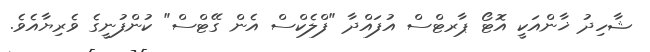
ޝާހިދު ޚާންއަކީ އޮޓޯ ޕާރޓްސް އުފައްދާ "ފްލެކްސް އެން ގޭޓްސް" ކުންފުނީގެ ވެރިޔާއެވެ.